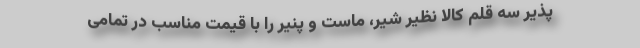
پذیر سه قلم کالا نظیر شیر، ماست و پنیر را با قیمت مناسب در تمامی